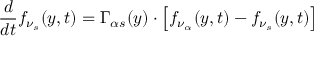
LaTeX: \frac { d } { d t } f _ { \nu _ { s } } ( y , t ) = \Gamma _ { \alpha s } ( y ) \cdot \left[ f _ { \nu _ { \alpha } } ( y , t ) - f _ { \nu _ { s } } ( y , t ) \right]